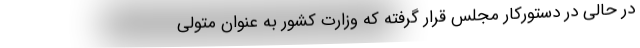
در حالی در دستورکار مجلس قرار گرفته که وزارت کشور به عنوان متولی